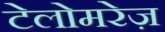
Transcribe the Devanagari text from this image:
टेलोमरेज़